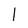
Character: 1